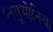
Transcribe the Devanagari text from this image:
प्नयूमोनिया